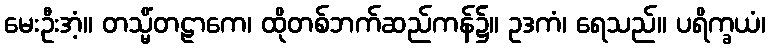
မေးဦးအံ့။ တသ္မိံတဠာကေ၊ ထိုတစ်ဘက်ဆည်ကန်၌။ ဥဒကံ၊ ရေသည်။ ပရိက္ခယံ၊